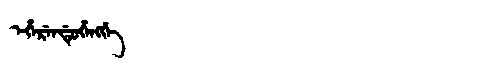
Manchu: ᡝᡥᡝᡵᡝᠨᡩᡠᡥᡝᠩᡤᡝ
Romanization: EHERENDUHENGGE